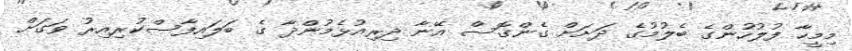
މިމީހާ ފުލުހުންގެ ބެލުމުގެ ދަށަށް ގެންގޮސް އޭނާ ދިރިއުޅެމުންދާ ގެ ބަލައިފާސްކުރިއިރު ވަގަށް